Black-water fever - Number 35
Disease focus: Fever
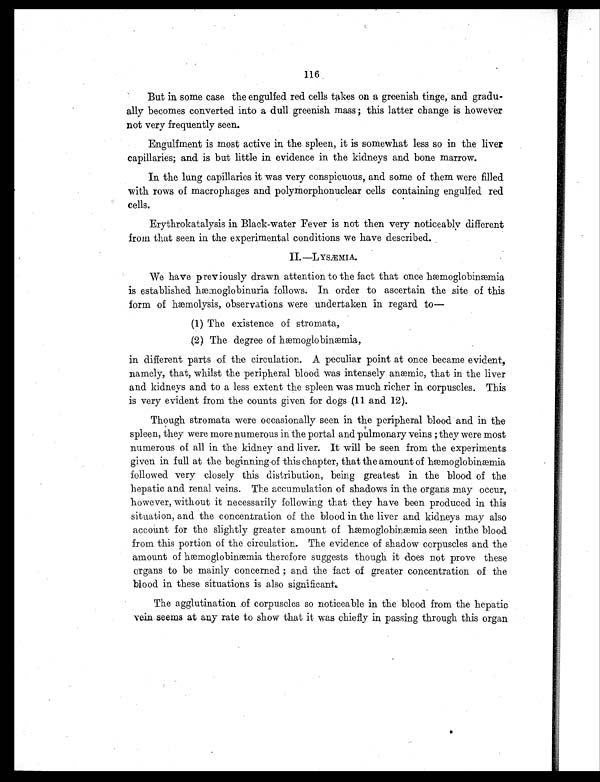
116
But in some case the engulfed red cells takes on a greenish tinge, and gradu-
ally becomes converted into a dull greenish mass; this latter change is however
not very frequently seen.
Engulfment is most active in the spleen, it is somewhat less so in the liver
capillaries; and is but little in. evidence in the kidneys and bone marrow.
In the lung capillaries it was very conspicuous, and some of them were filled
with rows of macrophages and polymorphonuclear cells containing engulfed red
cells.
Erythrokatalysis in Black-water Fever is not then very noticeably different
from that seen in the experimental conditions we have described.
II.—LYSÆMIA.
We have previously drawn attention to the fact that once hæoglobinæmia
is established hæmoglobinuria follows. In order to ascertain the site of this
form of hæmolysis, observations were undertaken in regard to—
(1) The existence of stromata,
(2) The degree of hæmoglobinæmia,
in different parts of the circulation. A peculiar point at once became evident,
namely, that, whilst the peripheral blood was intensely anæmic, that in the liver
and kidneys and to a less extent the spleen was much richer in corpuscles. This
is very evident from the counts given for dogs (11 and 12).
Though stromata were occasionally seen in the peripheral blood and in the
spleen, they were more numerous in the portal and pulmonary veins ; they were most
numerous of all in the kidney and liver. It will be seen from the experiments
given in full at the beginning of this chapter, that the amount of hæmoglobinæmia
followed very closely this distribution, being greatest in the blood of the
hepatic and renal veins. The accumulation of shadows in the organs may occur,
however, without it necessarily following that they have been produced in this
situation, and the concentration of the blood in the liver and kidneys may also
account for the slightly greater amount of hæmoglobinæmia seen in the blood
from this portion of the circulation. The evidence of shadow corpuscles and the
amount of hæmoglobinæmia therefore suggests though it does not prove these
organs to be mainly concerned ; and the fact of greater concentration of the
blood in these situations is also significant.
The agglutination of corpuscles so noticeable in the blood from the hepatic
vein seems at any rate to show that it was chiefly in passing through this organ